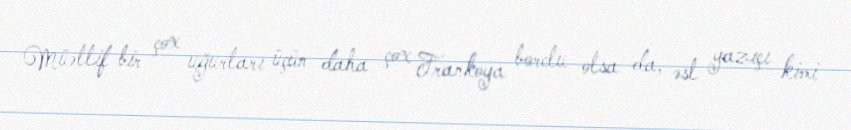
Müəllif bir çox uğurları üçün daha çox Frankoya borclu olsa da, əsl yazıçı kimi